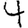
Digit: 4